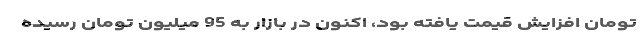
تومان افزایش قیمت یافته بود، اکنون در بازار به 95 میلیون تومان رسیده